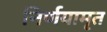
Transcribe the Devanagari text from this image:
निर्णयामृत